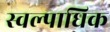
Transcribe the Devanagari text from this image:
स्वल्पाधिक